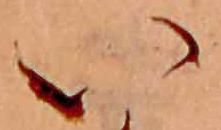
い